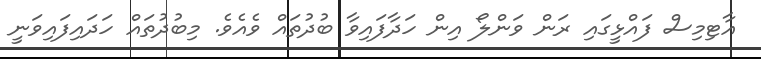
އާޓިމިސް ފައްޅީގައި ރަން ވަންލޯ އިން ހަދާފައިވާ ބުދުތައް ވެއެވެ. މިބުދުތައް ހަދައިފައިވަނީ